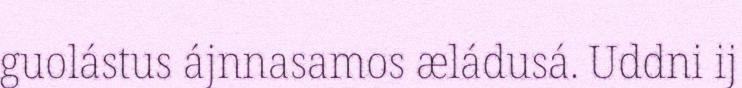
guolástus ájnnasamos æládusá. Uddni ij